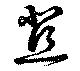
苴